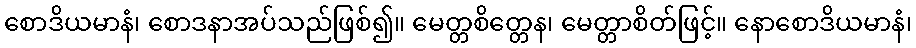
စောဒိယမာနံ၊ စောဒနာအပ်သည်ဖြစ်၍။ မေတ္တစိတ္တေန၊ မေတ္တာစိတ်ဖြင့်။ နောစောဒိယမာနံ၊